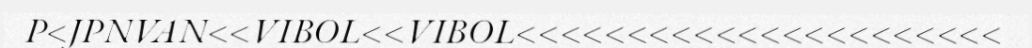
P<JPNVAN<<VIBOL<<VIBOL<<<<<<<<<<<<<<<<<<<<<<